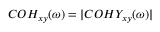
C O H _ { x y } ( \omega ) = | C O H Y _ { x y } ( \omega ) |